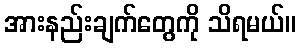
အားနည်းချက်တွေကို သိရမယ်။